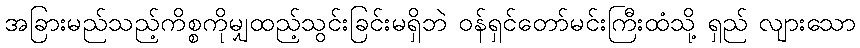
အခြားမည်သည့်ကိစ္စကိုမျှထည့်သွင်းခြင်းမရှိဘဲ ဝန်ရှင်တော်မင်းကြီးထံသို့ ရှည် လျားသော